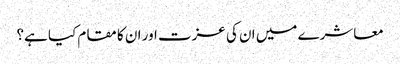
معاشرے میں ان کی عزت اور ان کا مقام کیا ہے؟